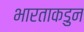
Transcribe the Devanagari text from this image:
भारताकडुन